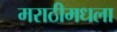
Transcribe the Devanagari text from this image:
मराठीमधला